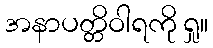
အနာပတ္တိဝါရကို ရှု။